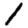
Digit: 1